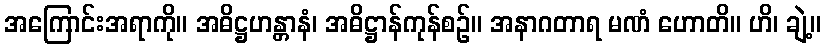
အကြောင်းအရာကို။ အဓိဋ္ဌဟန္တာနံ၊ အဓိဋ္ဌာန်ကုန်စဉ်။ အနာဂတာရ မဏံ ဟောတိ။ ဟိ၊ ချဲ့။